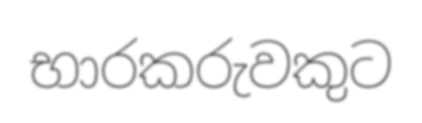
භාරකරුවකුට